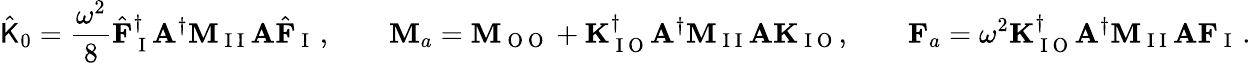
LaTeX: \hat{\mathsf{K}}_{0}=\frac{\omega^{2}}{8}\hat{\mathbf{F}}_{\mathrm{~I~}}^{\dagger}\mathbf{A}^{\dagger}\mathbf{M}_{\mathrm{~I~I~}}\mathbf{A}\hat{\mathbf{F}}_{\mathrm{~I~}}\, ,\qquad\mathbf{M}_{a}=\mathbf{M}_{\mathrm{~O~O~}}+\mathbf{K}_{\mathrm{~I~O~}}^{\dagger}\mathbf{A}^{\dagger}\mathbf{M}_{\mathrm{~I~I~}}\mathbf{A}\mathbf{K}_{\mathrm{~I~O~}},\qquad\mathbf{F}_{a}=\omega^{2}\mathbf{K}_{\mathrm{~I~O~}}^{\dagger}\mathbf{A}^{\dagger}\mathbf{M}_{\mathrm{~I~I~}}\mathbf{A}\mathbf{F}_{\mathrm{~I~}}\, .